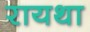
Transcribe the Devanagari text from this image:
रायथा